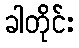
ခါတိုင်း